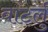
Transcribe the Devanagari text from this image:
वाटर्लु